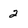
Character: 2